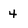
Character: 4